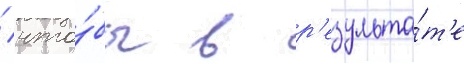
/ что́бы в р'езульта́т'е